画像に写った文字を読んでください
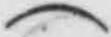
「(」と書いてあります